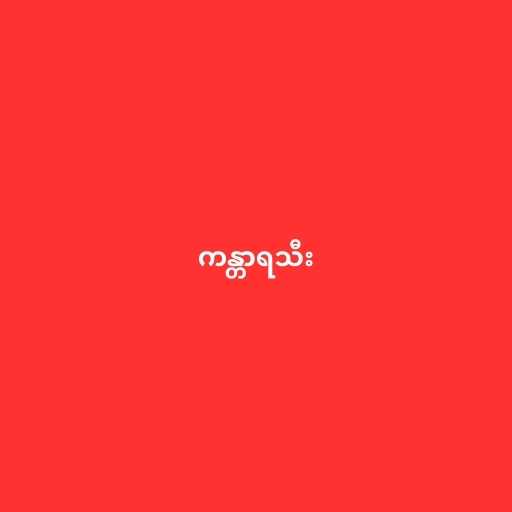
ကန္တာရသီး